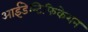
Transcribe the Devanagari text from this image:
आईडेन्टिफिकेशन